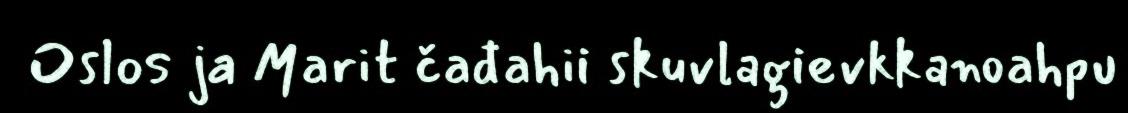
Oslos ja Marit čađahii skuvlagievkkanoahpu